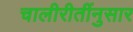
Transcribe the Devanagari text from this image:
चालीरीतींनुसार